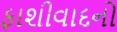
ફાશીવાદનો